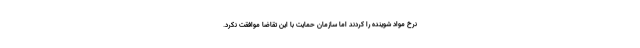
نرخ مواد شوینده را کردند اما سازمان حمایت با این تقاضا موافقت نکرد.